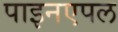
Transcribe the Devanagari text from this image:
पाइनएपल